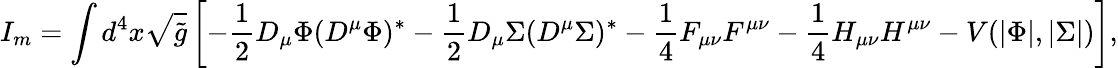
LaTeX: I_{m}=\int d^{4}x\sqrt{{\tilde{g}}}\left[-\frac{1}{2}D_{\mu}\Phi(D^{\mu}\Phi)^{*}-\frac{1}{2}D_{\mu}\Sigma(D^{\mu}\Sigma)^{*}-\frac{1}{4}F_{\mu\nu}F^{\mu\nu}-\frac{1}{4}H_{\mu\nu}H^{\mu\nu}-V(|\Phi|,|\Sigma|)\right],